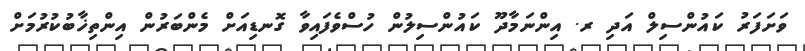
ވަށަފަރު ކައުންސިލް އަދި ރ. އިންނަމާދޫ ކައުންސިލުން ހުސްވެފައިވާ ގޮނޑިއަށް މެންބަރުން އިންތިޚާބުކުރުމަށް